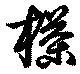
茶